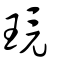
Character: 璄